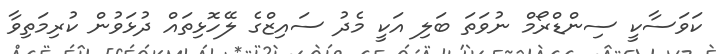
ކަވަސާކީ ސިންޑްރޯމް ނުވަތަ ބަލި އަކީ މެދު ސައިޒްގެ ލޭހޮޅިތައް ދުޅަވުން ކުރިމަތިވާ